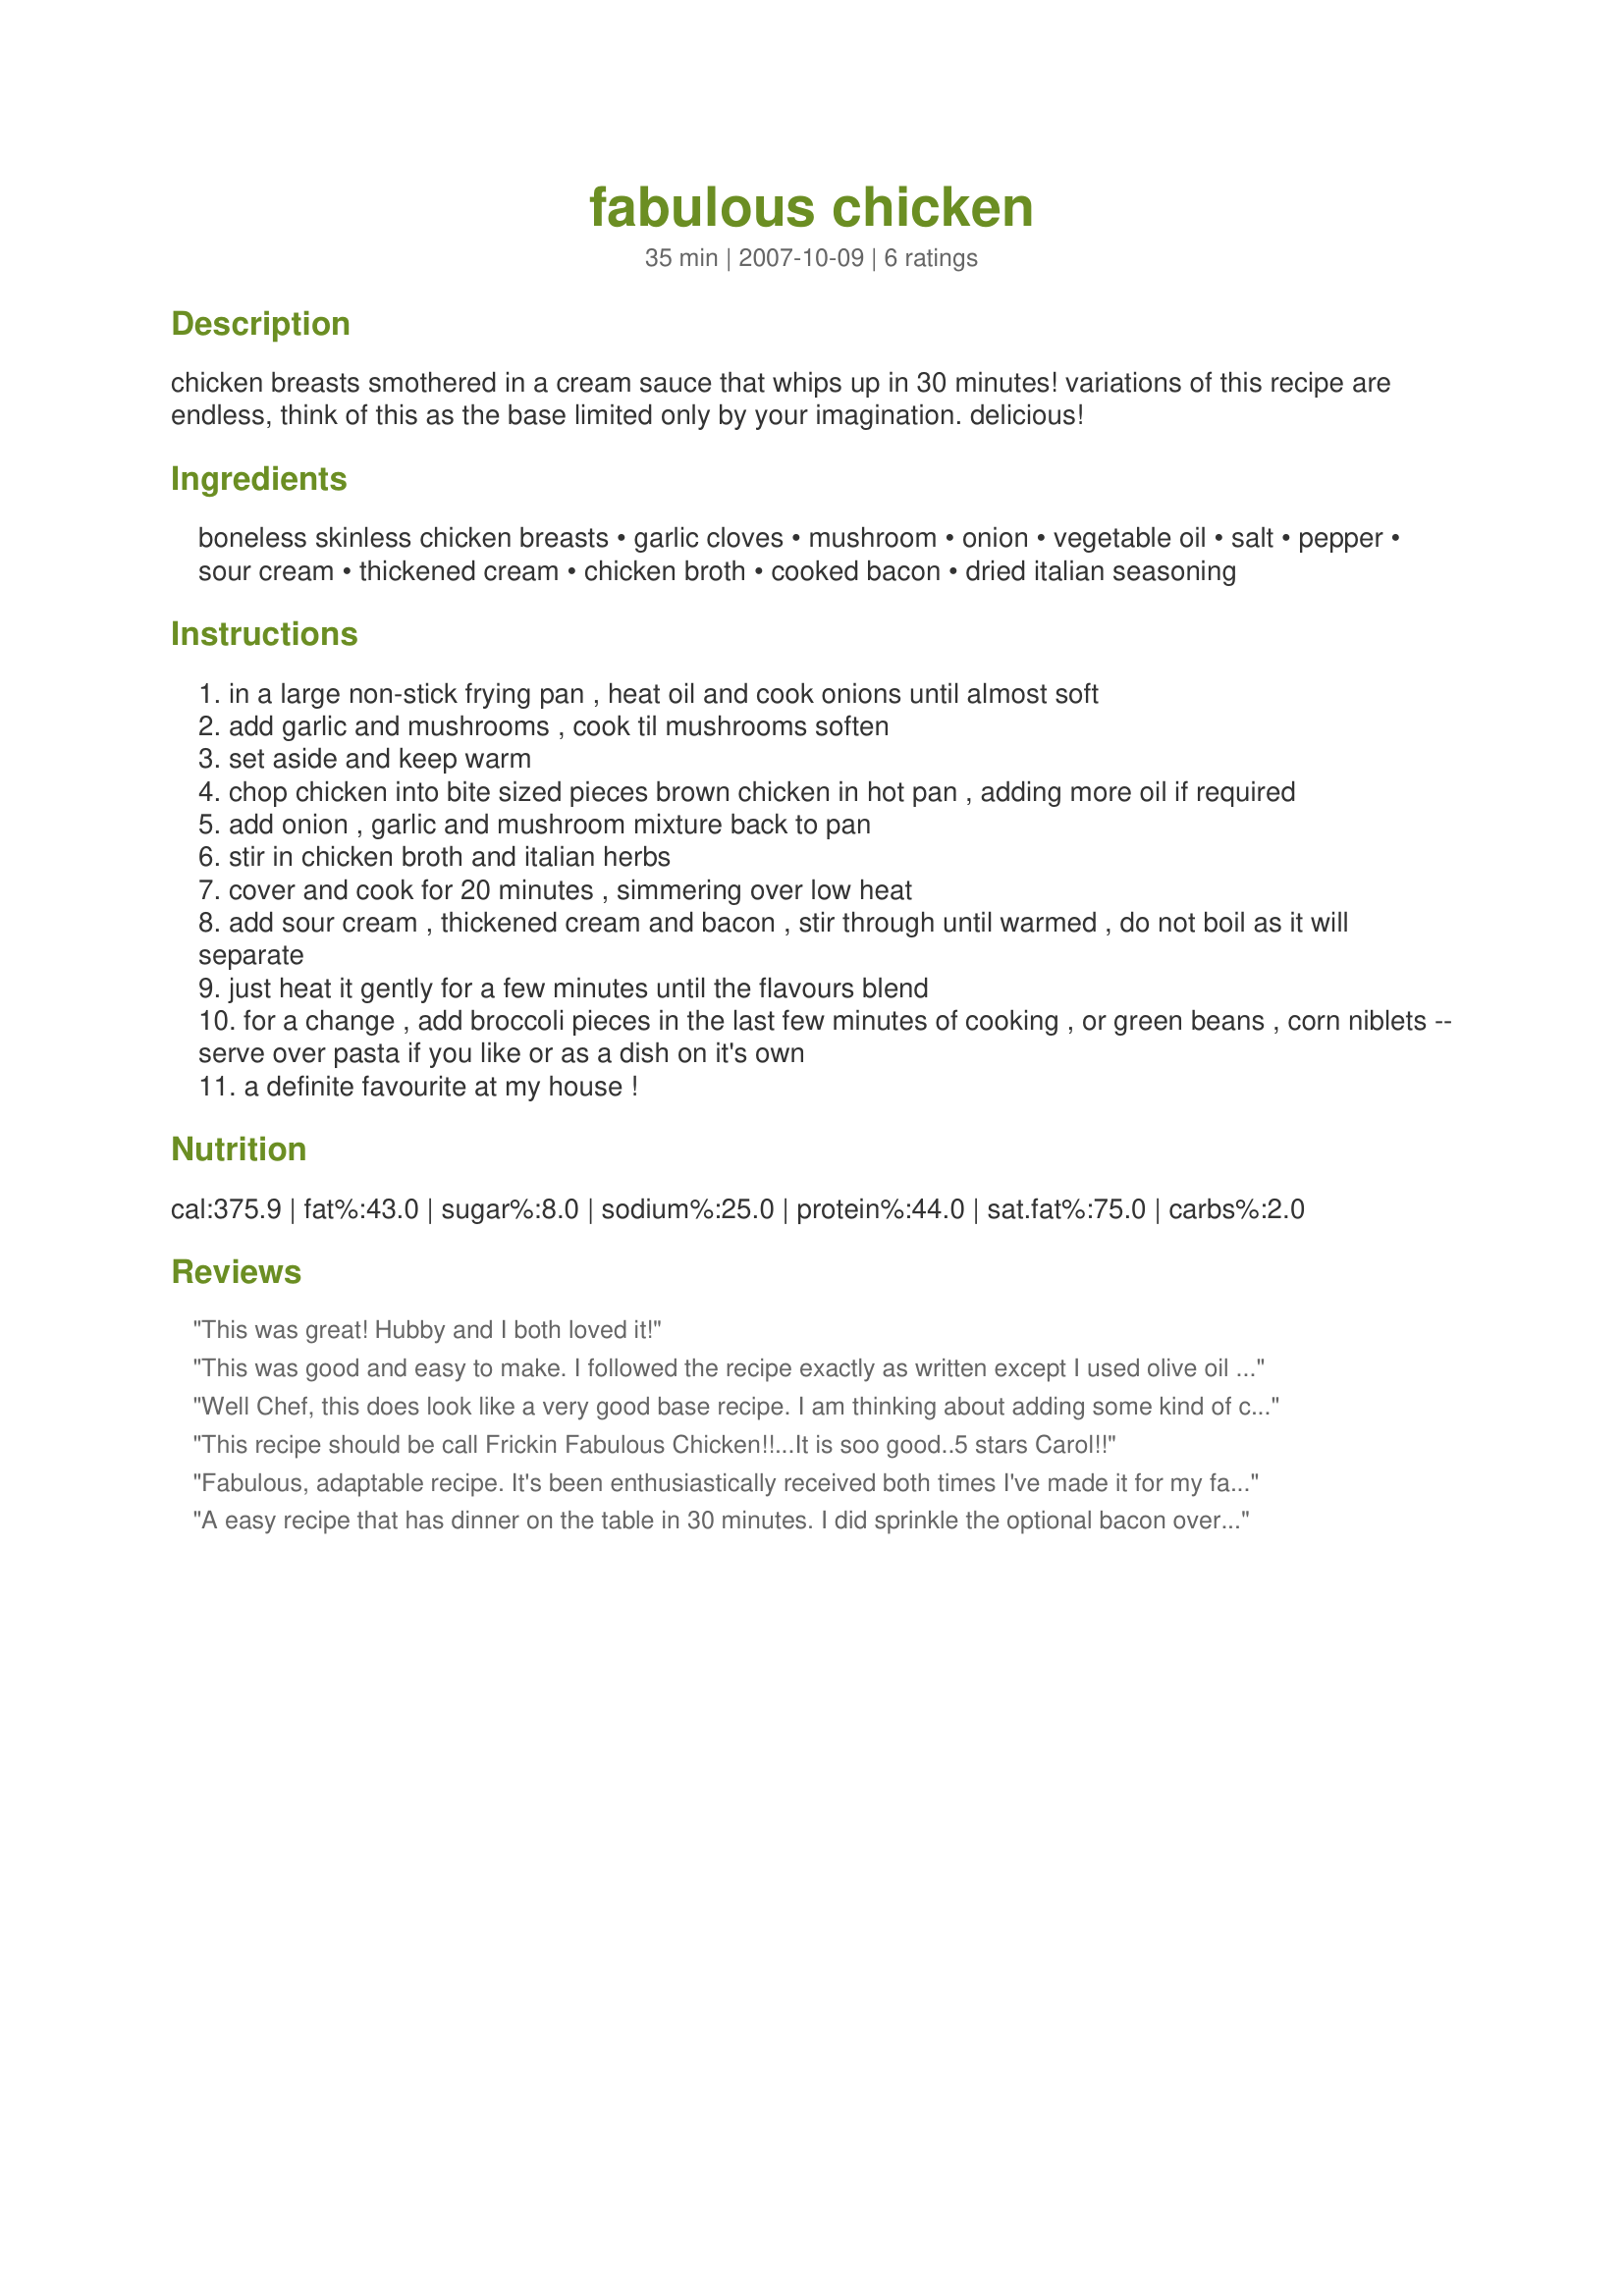
fabulous chicken
Preparation time: 35 minutes

chicken breasts smothered in a cream sauce that whips up in 30 minutes! variations of this recipe are endless, think of this as the base limited only by your imagination. delicious!

Ingredients:
boneless skinless chicken breasts, garlic cloves, mushroom, onion, vegetable oil, salt, pepper, sour cream, thickened cream, chicken broth, cooked bacon, dried italian seasoning

Steps:
in a large non-stick frying pan , heat oil and cook onions until almost soft
add garlic and mushrooms , cook til mushrooms soften
set aside and keep warm
chop chicken into bite sized pieces brown chicken in hot pan , adding more oil if required
add onion , garlic and mushroom mixture back to pan
stir in chicken broth and italian herbs
cover and cook for 20 minutes , simmering over low heat
add sour cream , thickened cream and bacon , stir through until warmed , do not boil as it will separate
just heat it gently for a few minutes until the flavours blend
for a change , add broccoli pieces in the last few minutes of cooking , or green beans , corn niblets -- serve over pasta if you like or as a dish on it's own
a definite favourite at my house !

Reviews:
This was great! Hubby and I both loved it!
This was good and easy to make. I followed the recipe exactly as written except I used olive oil instead of vegetable oil. I also added the optional bacon which I thought helped with the overall taste.
Well Chef, this does look like a very good base recipe. I am thinking about adding some kind of cheese like parmesan or gruyere, brocolli florets, thinly sliced carrots to be sauteed with the onion and serving over penne pasta, I will rate it when I try it, it is saved to my cookbook.
This recipe should be call Frickin Fabulous Chicken!!...It is soo good..5 stars Carol!!
Fabulous, adaptable recipe. It's been enthusiastically received both times I've made it for my family. I dressed it up with fresh herbs - thyme and oregano - and used chanterelle mushrooms. Funny thing: my son asked me, "What do you call this chicken?" and I replied, "Fabulous!"
A easy recipe that has dinner on the table in 30 minutes. I did sprinkle the optional bacon over each individual serving as well as freshly grated Parmesan. I think that additional garlic and/or some red pepper flakes would be a nice addition. Made for *PAC Fall 2008*
